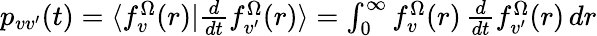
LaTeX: \begin{array}{r}{p_{vv^{\prime}}(t)=\langle f_{v}^{\Omega}(r)|\frac{d}{dt}f_{v^{\prime}}^{\Omega}(r)\rangle=\int_{0}^{\infty}f_{v}^{\Omega}(r)\, \frac{d}{dt}f_{v^{\prime}}^{\Omega}(r)\, dr}\end{array}